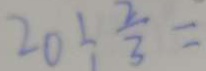
2 0 \div \frac { 2 } { 3 } =